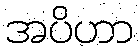
အပိဟာ